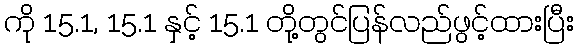
ကို 15.1, 15.1 နှင့် 15.1 တို့တွင်ပြန်လည်ဖွင့်ထားပြီး